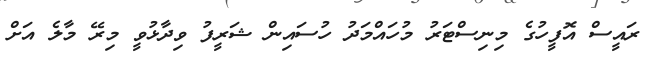
ރައީސް އޮފީހުގެ މިނިސްޓަރު މުހައްމަދު ހުސައިން ޝަރީފު ވިދާޅުވީ މިރޭ މާލެ އަށް